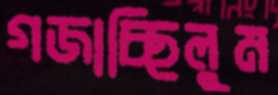
গজাচ্ছিলুম